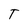
Character: T